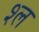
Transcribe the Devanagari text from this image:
श्‍ल